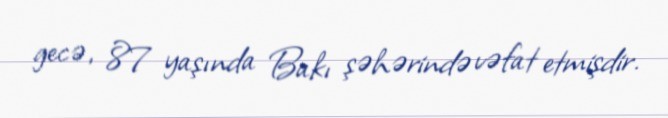
gecə, 87 yaşında Bakı şəhərində vəfat etmişdir.